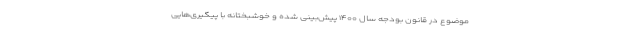
موضوع در قانون بودجه سال ۱۴۰۰ پیش‌بینی شده و خوشبختانه با پیگیری‌هایی